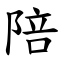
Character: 陪